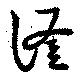
滏